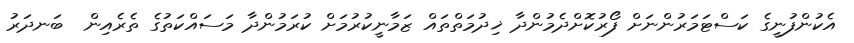
އެކުންފުނީގެ ކަސްޓަމަރުންނަށް ފޯރުކޮށްދެމުންދާ ޚިދުމަތްތައް ޒަމާނީކުރުމަށް ކުރަމުންދާ މަސައްކަތުގެ ތެރެއިން  ބަނދަރު